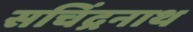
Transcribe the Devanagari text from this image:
सचिंद्रनाथ